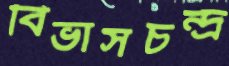
বিভাসচন্দ্র